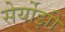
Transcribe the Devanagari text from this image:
सेर्योझी